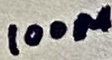
Text: 100µ